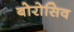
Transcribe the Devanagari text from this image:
बोरोसिव